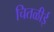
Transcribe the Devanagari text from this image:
चितळीई